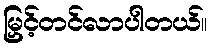
မြှင့်တင်လာပါတယ်။